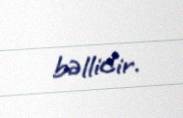
bəllidir.